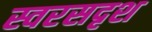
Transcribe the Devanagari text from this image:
स्वरसदृश